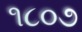
૧૮૦૭